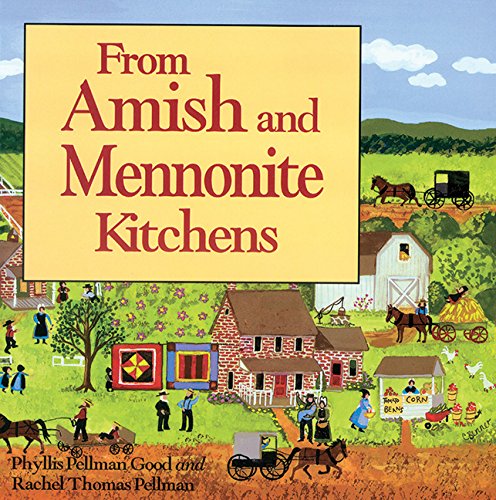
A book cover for From Amish and Mennonite Kitchens; Phyllis Good; Cookbooks, Food & Wine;